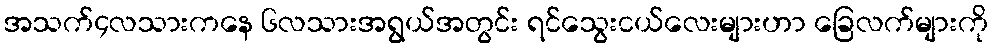
အသက်၄လသားကနေ ၆လသားအရွယ်အတွင်း ရင်သွေးငယ်လေးများဟာ ခြေလက်များကို